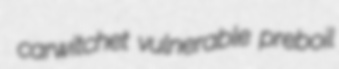
carwitchet vulnerable preboil